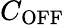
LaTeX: C_{\mathrm{OFF}}